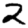
Digit: 2